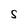
Character: S